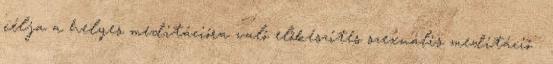
célja a helyes meditációra való előkészítés szexuális meditáció .